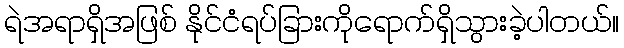
ရဲအရာရှိအဖြစ် နိုင်ငံရပ်ခြားကိုရောက်ရှိသွားခဲ့ပါတယ်။